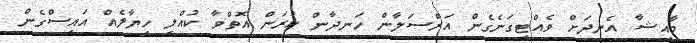
މާއިޝާ އެނދަށް ވެއްޓިގަނެގެން އަރްސަލާން ހަނދާން ކުރަން އޮތްވާ ކުއްލި ހިޔާލެއް އައިސްގެން